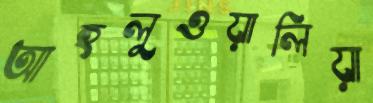
আহলুওয়ালিয়া